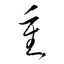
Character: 重